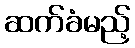
ဆက်ခံမည့်